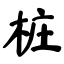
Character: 桩